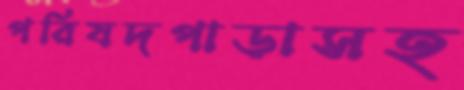
পরিষদপাড়াসহ